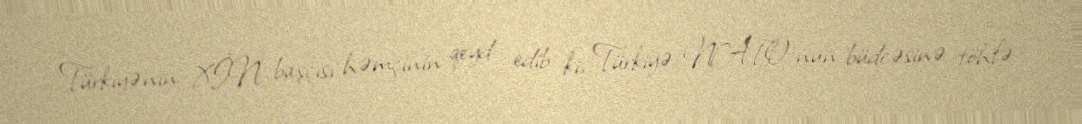
Türkiyənin XİN başçısı həmçinin qeyd edib ki, Türkiyə NATO-nun büdcəsinə töhfə